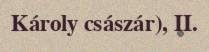
Károly császár), II.